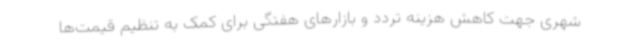
شهری جهت کاهش هزینه تردد و بازارهای هفتگی برای کمک به تنظیم قیمت‌ها